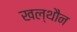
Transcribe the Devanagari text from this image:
खल्थौन